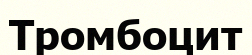
Тромбоцит